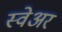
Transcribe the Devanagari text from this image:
स्वेअर